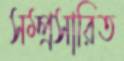
সম্প্রসারিত